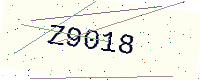
Text: Z9018